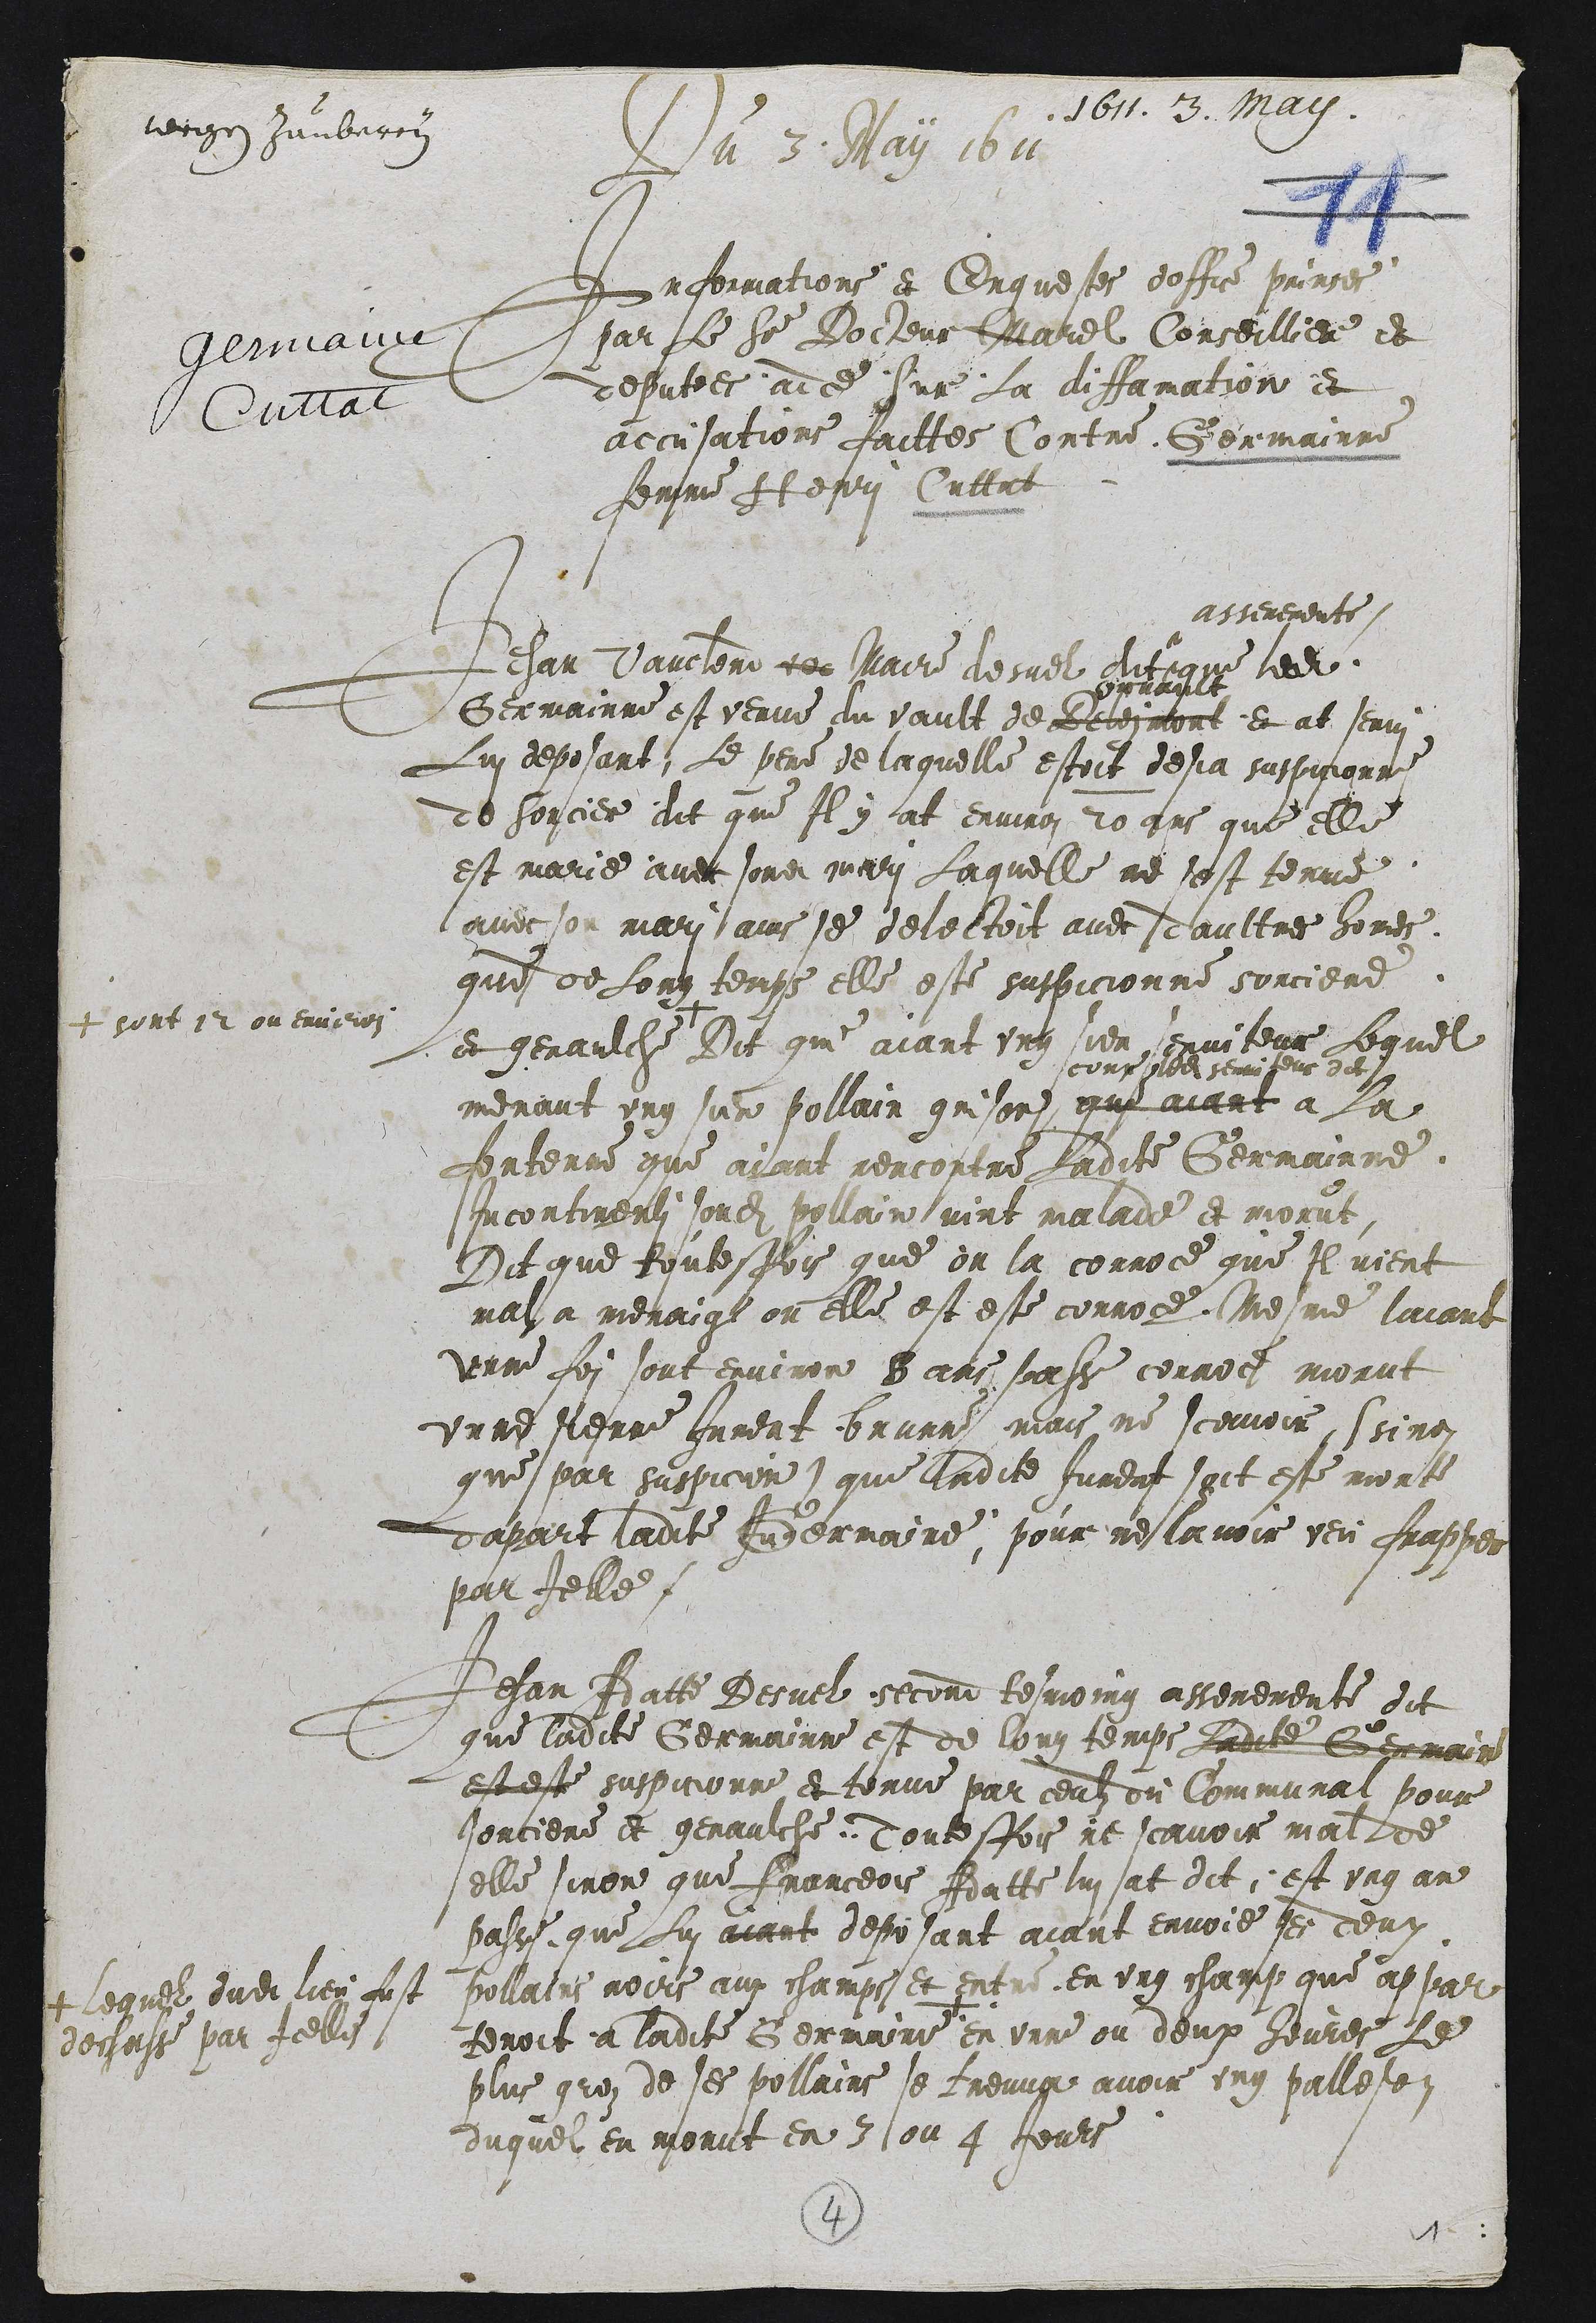
1611. 3. mary.
tecige Humbrron
Du 3. May 1611
Informations et Enquestes doffice pringes
par Le Sieur Doiseur Marel Conseilliere et
deputees adce Sur La diffamation et
accusations faittes Contre Germainne
femme It esoi Cutent

Jehan Vaucler de Maire desuel dit
asseremente
que ledit
Germainne est venue du vault de Belesmont
vruante
et at senri
Lui deposant, Le pere de laquelle estoit desja suspicionne
de sorcier dit que Il y at environ 20 ans que elle
est marie avec sondit mari Laquelle ne sest tenue
avecson mari ains se delectoit avec daultres homes
que de Long temps elle este suspicionne sorciere
et genaulche
+ sont 12 ou environ
Dit qui aiant ung sien serviteur Lequel
menant ung sun pollain grison
coux m semiseus dit
que aiant a la
fontenne que aiant rencontre Ladite Germainne
Incontinenli sondit pollain vint malade et morut
Dit que toutesfois que on la corroce que Il vient
mal a menaial ou elle est este conroce Mesme laiant
unne foi sont environ 8 ans passe conroit morut
unne pienne Jurent brune mais ne scavoir, Ssino
que par suspicion que ladite Jurent soit este morte
dapart ladite Andermaire, pour reslavoir veu frapper
par Ielle.

Jehan Aatte Desuel second tesmoing asseremente dit
que ladite Germainne est de long temps Ladite Germain
est este suspicionne et tonue par ceulz du Communat pour
sorciere et genaulche Toutesfois ne scavoir mallde
elle sinon que Franceois Adatte lui at dit, est ung an
passe, que Lui aiant deposant aiant envoie ses deux
pollains nours aux champs et entre en ung champ que appar
tenoit a ladite Germaine
+ lequel dudit lieu fust
dechasse par Icelle
en unne ou deux heures Le
plus grez de ses pollains se treuua avoir ung palletoy
duquel en morut en 3 ou 4 Jours

4
1